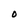
Character: O